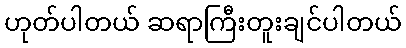
ဟုတ်ပါတယ် ဆရာကြီးတူးချင်ပါတယ်